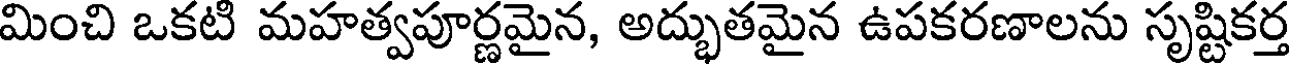
మించి ఒకటి మహత్వపూర్ణమైన, అద్భుతమైన ఉపకరణాలను సృష్టికర్త